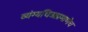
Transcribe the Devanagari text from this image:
व्यंग्यचित्राप्रमाणेच